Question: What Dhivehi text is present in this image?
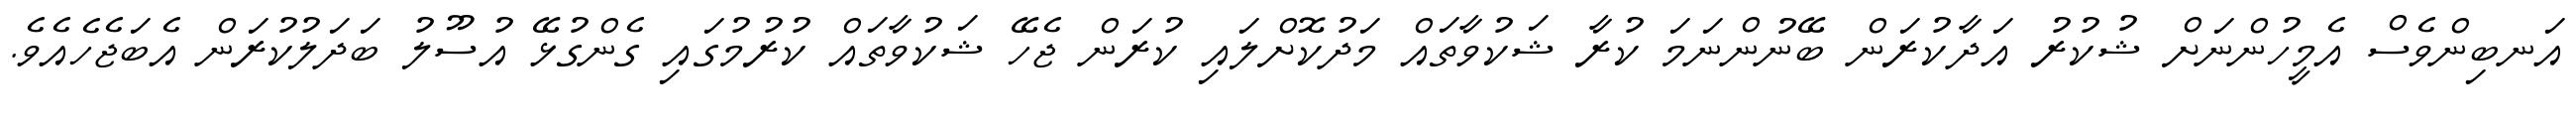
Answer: އަނބިންވެސް އެމީހުންނަށް ޝުކުރު އަދާކުރަން ބޭނުންނަމަ ކުރާ ޝަކުވާތައް މަދުކޮށްލައި ކުރަން ޖެހޭ ޝަކުވާތައް ކުރުމުގައި ގެންގުޅޭ އުސޫލު ބަދަލުކުރަން އެބަޖެހެއެވެ.